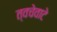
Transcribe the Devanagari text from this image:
त्वचेवाटे